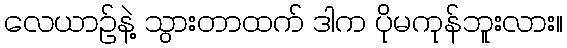
လေယာဉ်နဲ့ သွားတာထက် ဒါက ပိုမကုန်ဘူးလား။